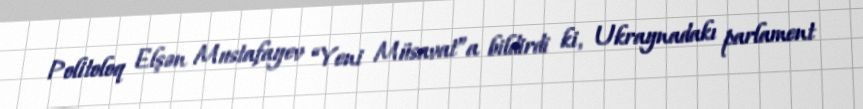
Politoloq Elşən Mustafayev “Yeni Müsavat”a bildirdi ki, Ukraynadakı parlament